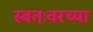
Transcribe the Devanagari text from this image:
स्वतःवरच्या